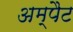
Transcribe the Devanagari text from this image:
अम्पैट